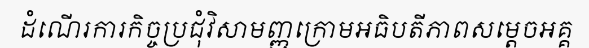
ដំណើរការកិច្ចប្រជុំវិសាមញ្ញក្រោមអធិបតីភាពសម្តេចអគ្គ